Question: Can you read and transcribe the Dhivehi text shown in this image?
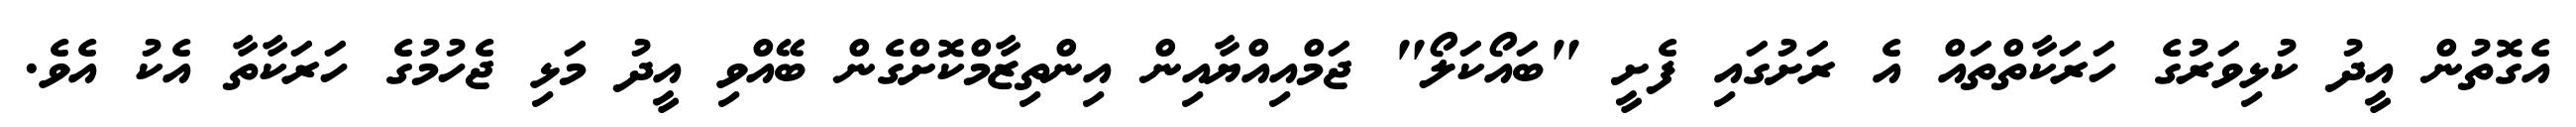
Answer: އެގޮތުން އީދު ކުޅިވަރުގެ ހަރަކާތްތައް އެ ރަށުގައި ފެށީ "ބައޯކަލޯ" ޖަމްއިއްޔާއިން އިންތިޒާމްކޮށްގެން ބޭއްވި އީދު މަޅި ޖެހުމުގެ ހަރަކާތާ އެކު އެވެ.